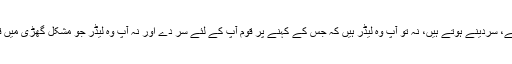
جناب صوبے کا مطالبہ خون مانگتا ہے، سردینے ہوتے ہیں، نہ تو آپ وہ لیڈر ہیں کہ جس کے کہنے پر قوم آپ کے لئے سر دے اور نہ آپ وہ لیڈر جو مشکل گھڑی میں قوم کے ساتھ کچھ دیر کھڑے ہوسکیں۔